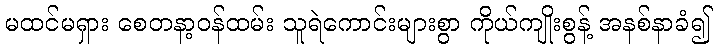
မထင်မရှား စေတနာ့ဝန်ထမ်း သူရဲကောင်းများစွာ ကိုယ်ကျိုးစွန့် အနစ်နာခံ၍